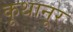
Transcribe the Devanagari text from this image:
कूथानूर